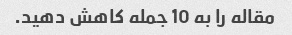
مقاله را به 10 جمله کاهش دهید.